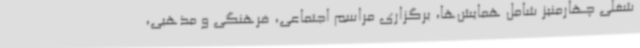
شغلی چهارمنیز شامل همایش‌ها، برگزاری مراسم اجتماعی، فرهنگی و مذهبی،